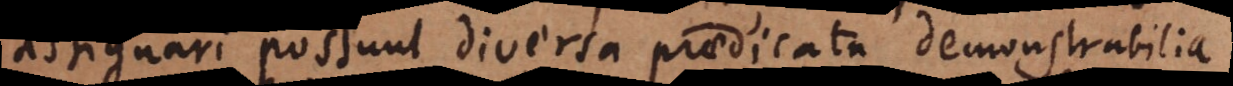
assignari possunt diversa praedicata demonstrabilia.